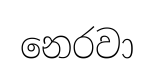
නෙරවා